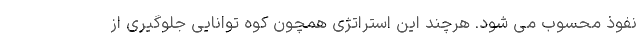
نفوذ محسوب می شود. هرچند این استراتژی همچون کوه توانایی جلوگیری از